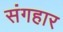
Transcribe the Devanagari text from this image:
संगहार